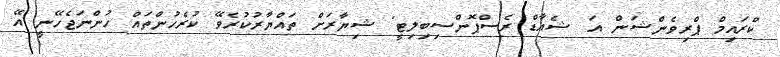
ކްރައިމް ޕްރިވެންޝަން އަ ޝެއާޑް ރެސްޕޮންސިބިލިޓީ" ޝިޔާރަށް ތައްޔާރުކުރެވޭ ކުރެހުންތައް ހުންނަޖެހޭނީ އޭ